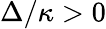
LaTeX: \Delta/\kappa>0